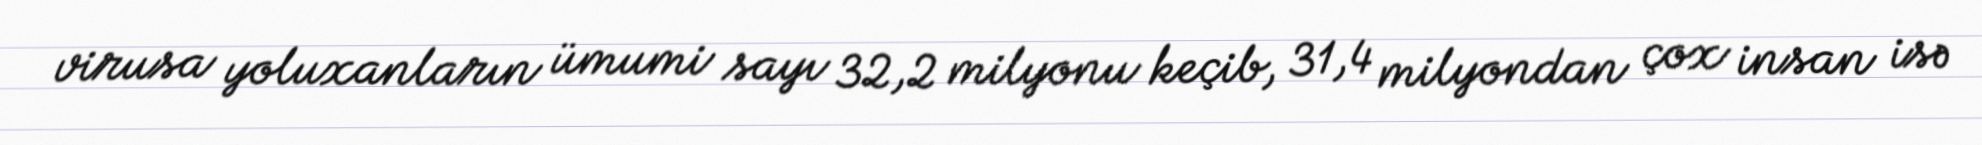
virusa yoluxanların ümumi sayı 32,2 milyonu keçib, 31,4 milyondan çox insan isə